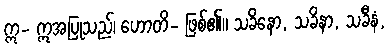
ဣ- ဣအပြုသည်၊ ဟောတိ- ဖြစ်၏။ သခိနော, သခိနာ, သခီနံ,